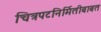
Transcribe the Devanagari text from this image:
चित्रपटनिर्मितीबाबत